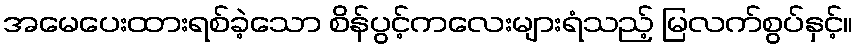
အမေပေးထားရစ်ခဲ့သော စိန်ပွင့်ကလေးများရံသည့် မြလက်စွပ်နှင့်။